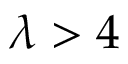
\lambda > 4